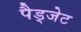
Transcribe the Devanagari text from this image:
पैड्जेट